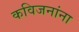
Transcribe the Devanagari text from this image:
कविजनांना